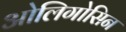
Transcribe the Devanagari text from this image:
ओलिगोसिन